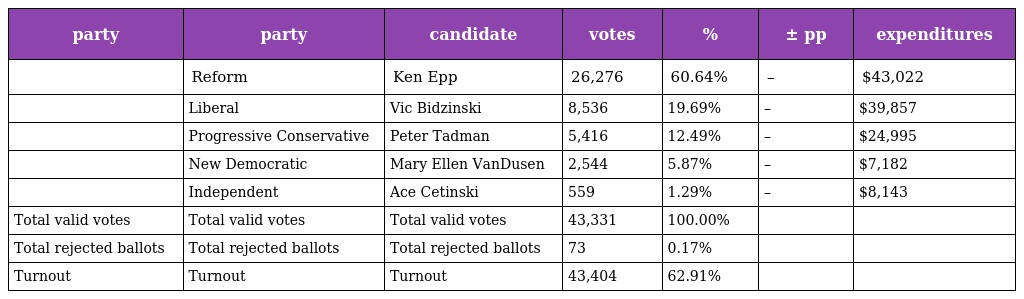
| party | party | candidate | votes | % | ± pp | expenditures |
 | --- | --- | --- | --- | --- | --- | --- |
 |  | Reform | Ken Epp | 26,276 | 60.64% | – | $43,022 |
 |  | Liberal | Vic Bidzinski | 8,536 | 19.69% | – | $39,857 |
 |  | Progressive Conservative | Peter Tadman | 5,416 | 12.49% | – | $24,995 |
 |  | New Democratic | Mary Ellen VanDusen | 2,544 | 5.87% | – | $7,182 |
 |  | Independent | Ace Cetinski | 559 | 1.29% | – | $8,143 |
 | Total valid votes | Total valid votes | Total valid votes | 43,331 | 100.00% |  |  |
 | Total rejected ballots | Total rejected ballots | Total rejected ballots | 73 | 0.17% |  |  |
 | Turnout | Turnout | Turnout | 43,404 | 62.91% |  |  |